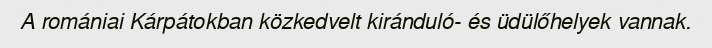
A romániai Kárpátokban közkedvelt kiránduló- és üdülőhelyek vannak.